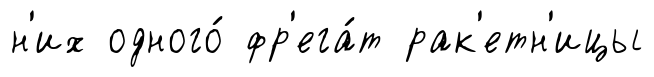
н'их одного́ фр'ега́т рак'етн'ицы